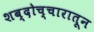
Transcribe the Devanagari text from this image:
शब्दोच्चारातून